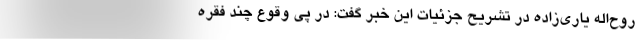
روح‌اله یاری‌زاده در تشریح جزئیات این خبر گفت: در پی وقوع چند فقره